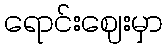
ရောင်းဈေးမှာ